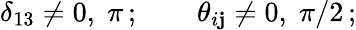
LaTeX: \delta_{13}\neq0,\; \pi\, ;\qquad\theta_{i\mathbf{j}}\neq0,\; \pi/2\, ;